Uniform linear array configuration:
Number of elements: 8
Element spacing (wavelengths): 1
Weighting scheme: uniform
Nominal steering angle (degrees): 60
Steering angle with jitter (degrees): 59.718
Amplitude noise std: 0.05
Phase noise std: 0.05

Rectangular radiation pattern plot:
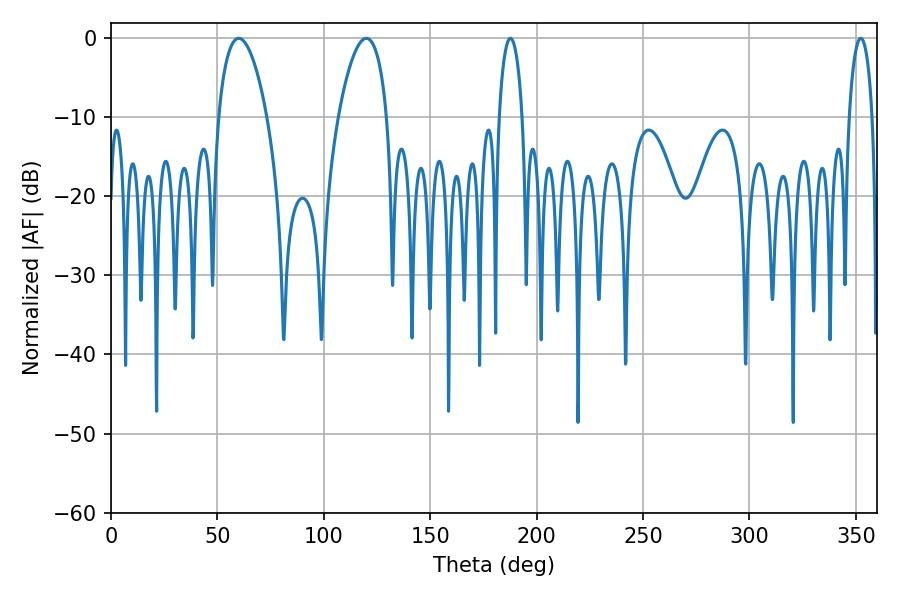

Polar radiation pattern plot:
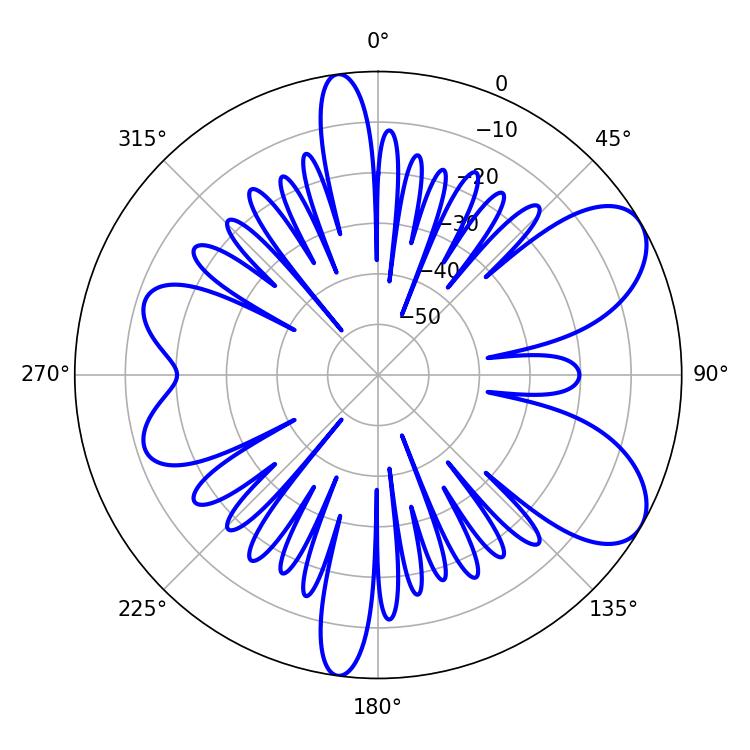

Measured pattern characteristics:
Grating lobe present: TRUE
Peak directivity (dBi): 7.618
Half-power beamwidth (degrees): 12.78
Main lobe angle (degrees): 59.94